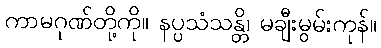
ကာမဂုဏ်တို့ကို။ နပ္ပသံသန္တိ၊ မချီးမွမ်းကုန်။